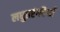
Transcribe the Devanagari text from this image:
लघुतरंगदैर्ध्य